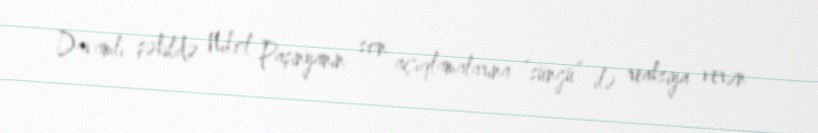
Davamlı şəkildə Nikol Paşinyanın son açıqlamalarına “süngü” ilə reaksiya verən